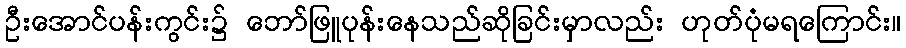
ဦးအောင်ပန်းကွင်း၌ ဘော်ဖြူပုန်းနေသည်ဆိုခြင်းမှာလည်း ဟုတ်ပုံမရကြောင်း။